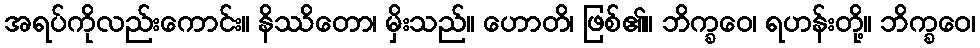
အရပ်ကိုလည်းကောင်း။ နိဿိတော၊ မှိးသည်။ ဟောတိ၊ ဖြစ်၏။ ဘိက္ခဝေ၊ ရဟန်းတို့။ ဘိက္ခဝေ၊